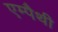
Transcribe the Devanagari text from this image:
एम्पैथी